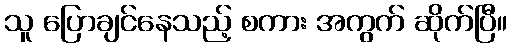
သူ ပြောချင်နေသည့် စကား အကွက် ဆိုက်ပြီ။